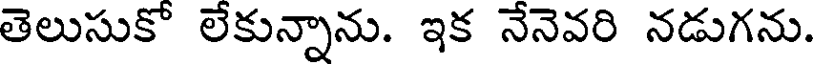
తెలుసుకో లేకున్నాను. ఇక నేనెవరి నడుగను.